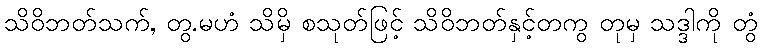
သိဝိဘတ်သက်, တွ.မဟံ သိမှိ စသုတ်ဖြင့် သိဝိဘတ်နှင့်တကွ တုမှ သဒ္ဒါကို တွံ